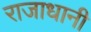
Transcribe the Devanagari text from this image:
राजाधानी